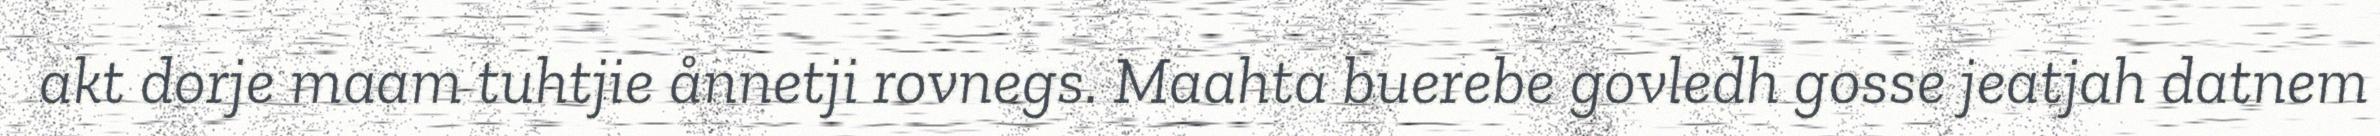
akt dorje maam tuhtjie ånnetji rovnegs. Maahta buerebe govledh gosse jeatjah datnem